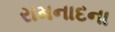
રામનાદના